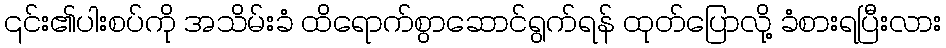
၎င်း၏ပါးစပ်ကို အသိမ်းခံ ထိရောက်စွာဆောင်ရွက်ရန် ထုတ်ပြောလို့ ခံစားရပြီးလား